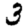
Digit: 3